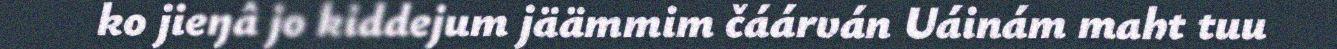
ko jieŋâ jo kiddejum jäämmim čáárván Uáinám maht tuu